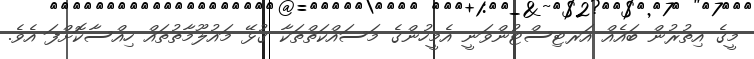
މީގެ އިތުރުން ބައެއް އަރޓިސްޓުންވަނީ އެމީހުންގެ މަސައްކަތްތަކާ ގުޅޭ މައުލޫމާތުތައް ހިއްސާކޮށްފަ އެވެ.